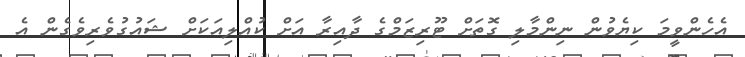
އެހެންވީމަ ކިޔެވުން ނިންމާލި ގޮތަށް ޓޫރިޒަމްގެ ދާއިރާ އަށް ކުއްލިއަކަށް ޝައުގުވެރިވެގެން އެ